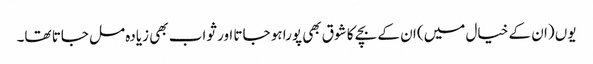
یوں (ان کے خیال میں) ان کے بچے کا شوق بھی پورا ہو جاتا اور ثواب بھی زیادہ مل جاتا تھا۔